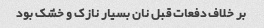
بر خلاف دفعات قبل نان بسیار نازک و خشک بود